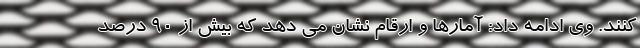
کنند. وی ادامه داد: آمارها و ارقام نشان می دهد که بیش از ۹۰ درصد